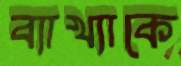
ব্যাখ্যাকে